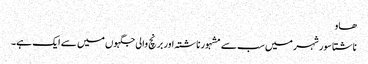
ھاو
ناشتا سور شہر میں سب سے مشہور ناشتہ اور برنچ والی جگہوں میں سے ایک ہے۔